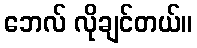
ဘေလ် လိုချင်တယ်။